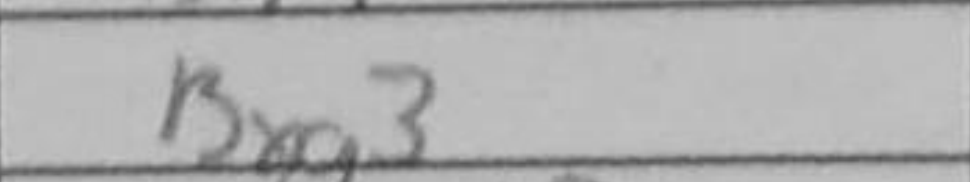
Transcription: Bxg3